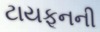
ટાયફૂનની